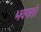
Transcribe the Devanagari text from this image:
भवगतो